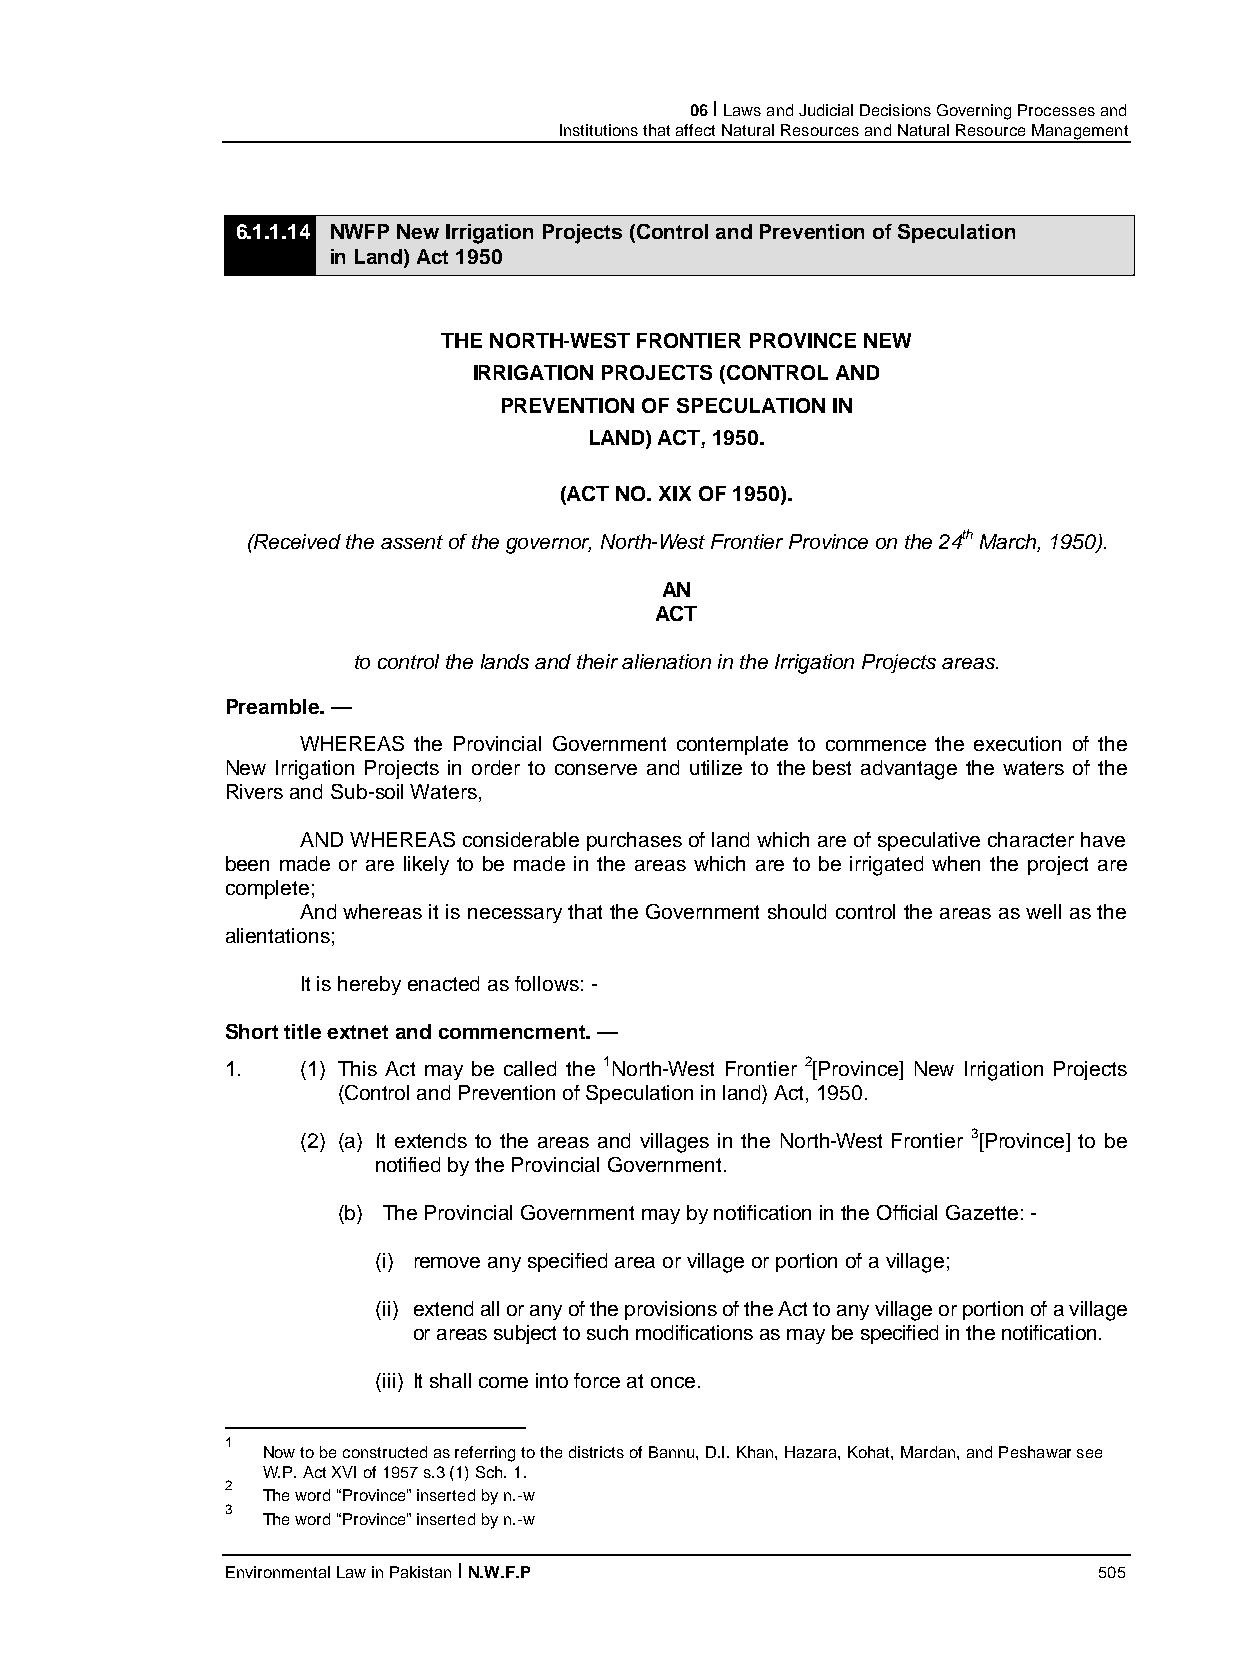
06 I Laws and Judicial Decisions Governing Processes and
 Institutions that affect Natural Resources and Natural Resource Management
 6.1.1.14 NWFP New Irrigation Projects (Control and Prevention of Speculation
 in Land) Act 1950
 THE NORTH-WEST FRONTIER PROVINCE NEW
 IRRIGATION PROJECTS (CONTROL AND
 PREVENTION OF SPECULATION IN
 LAND) ACT, 1950.
 (ACT NO. XIX OF 1950).
 (Received the assent of the governor, North-West Frontier Province on the 24th March, 1950).
 AN
 ACT
 to control the lands and their alienation in the Irrigation Projects areas.
 Preamble. —
 WHEREAS the Provincial Government contemplate to commence the execution of the
 New Irrigation Projects in order to conserve and utilize to the best advantage the waters of the
 Rivers and Sub-soil Waters,
 AND WHEREAS considerable purchases of land which are of speculative character have
 been made or are likely to be made in the areas which are to be irrigated when the project are
 complete;
 And whereas it is necessary that the Government should control the areas as well as the
 alientations;
 It is hereby enacted as follows: -
 Short title extnet and commencment. —
 1.   (1) This Act may be called the 1North-West Frontier 2[Province] New Irrigation Projects
 (Control and Prevention of Speculation in land) Act, 1950.
 (2) (a) It extends to the areas and villages in the North-West Frontier 3[Province] to be
 notified by the Provincial Government.
 (b) The Provincial Government may by notification in the Official Gazette: -
 (i) remove any specified area or village or portion of a village;
 (ii) extend all or any of the provisions of the Act to any village or portion of a village
 or areas subject to such modifications as may be specified in the notification.
 (iii) It shall come into force at once.
 1
 Now to be constructed as referring to the districts of Bannu, D.I. Khan, Hazara, Kohat, Mardan, and Peshawar see
 W.P. Act XVI of 1957 s.3 (1) Sch. 1.
 2
 The word “Province” inserted by n.-w
 3
 The word “Province” inserted by n.-w
 Environmental Law in Pakistan I N.W.F.P                   505